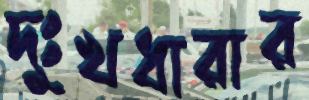
দুঃখধারার